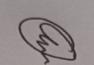
Signature authenticity: genuine